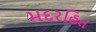
મદરહિત